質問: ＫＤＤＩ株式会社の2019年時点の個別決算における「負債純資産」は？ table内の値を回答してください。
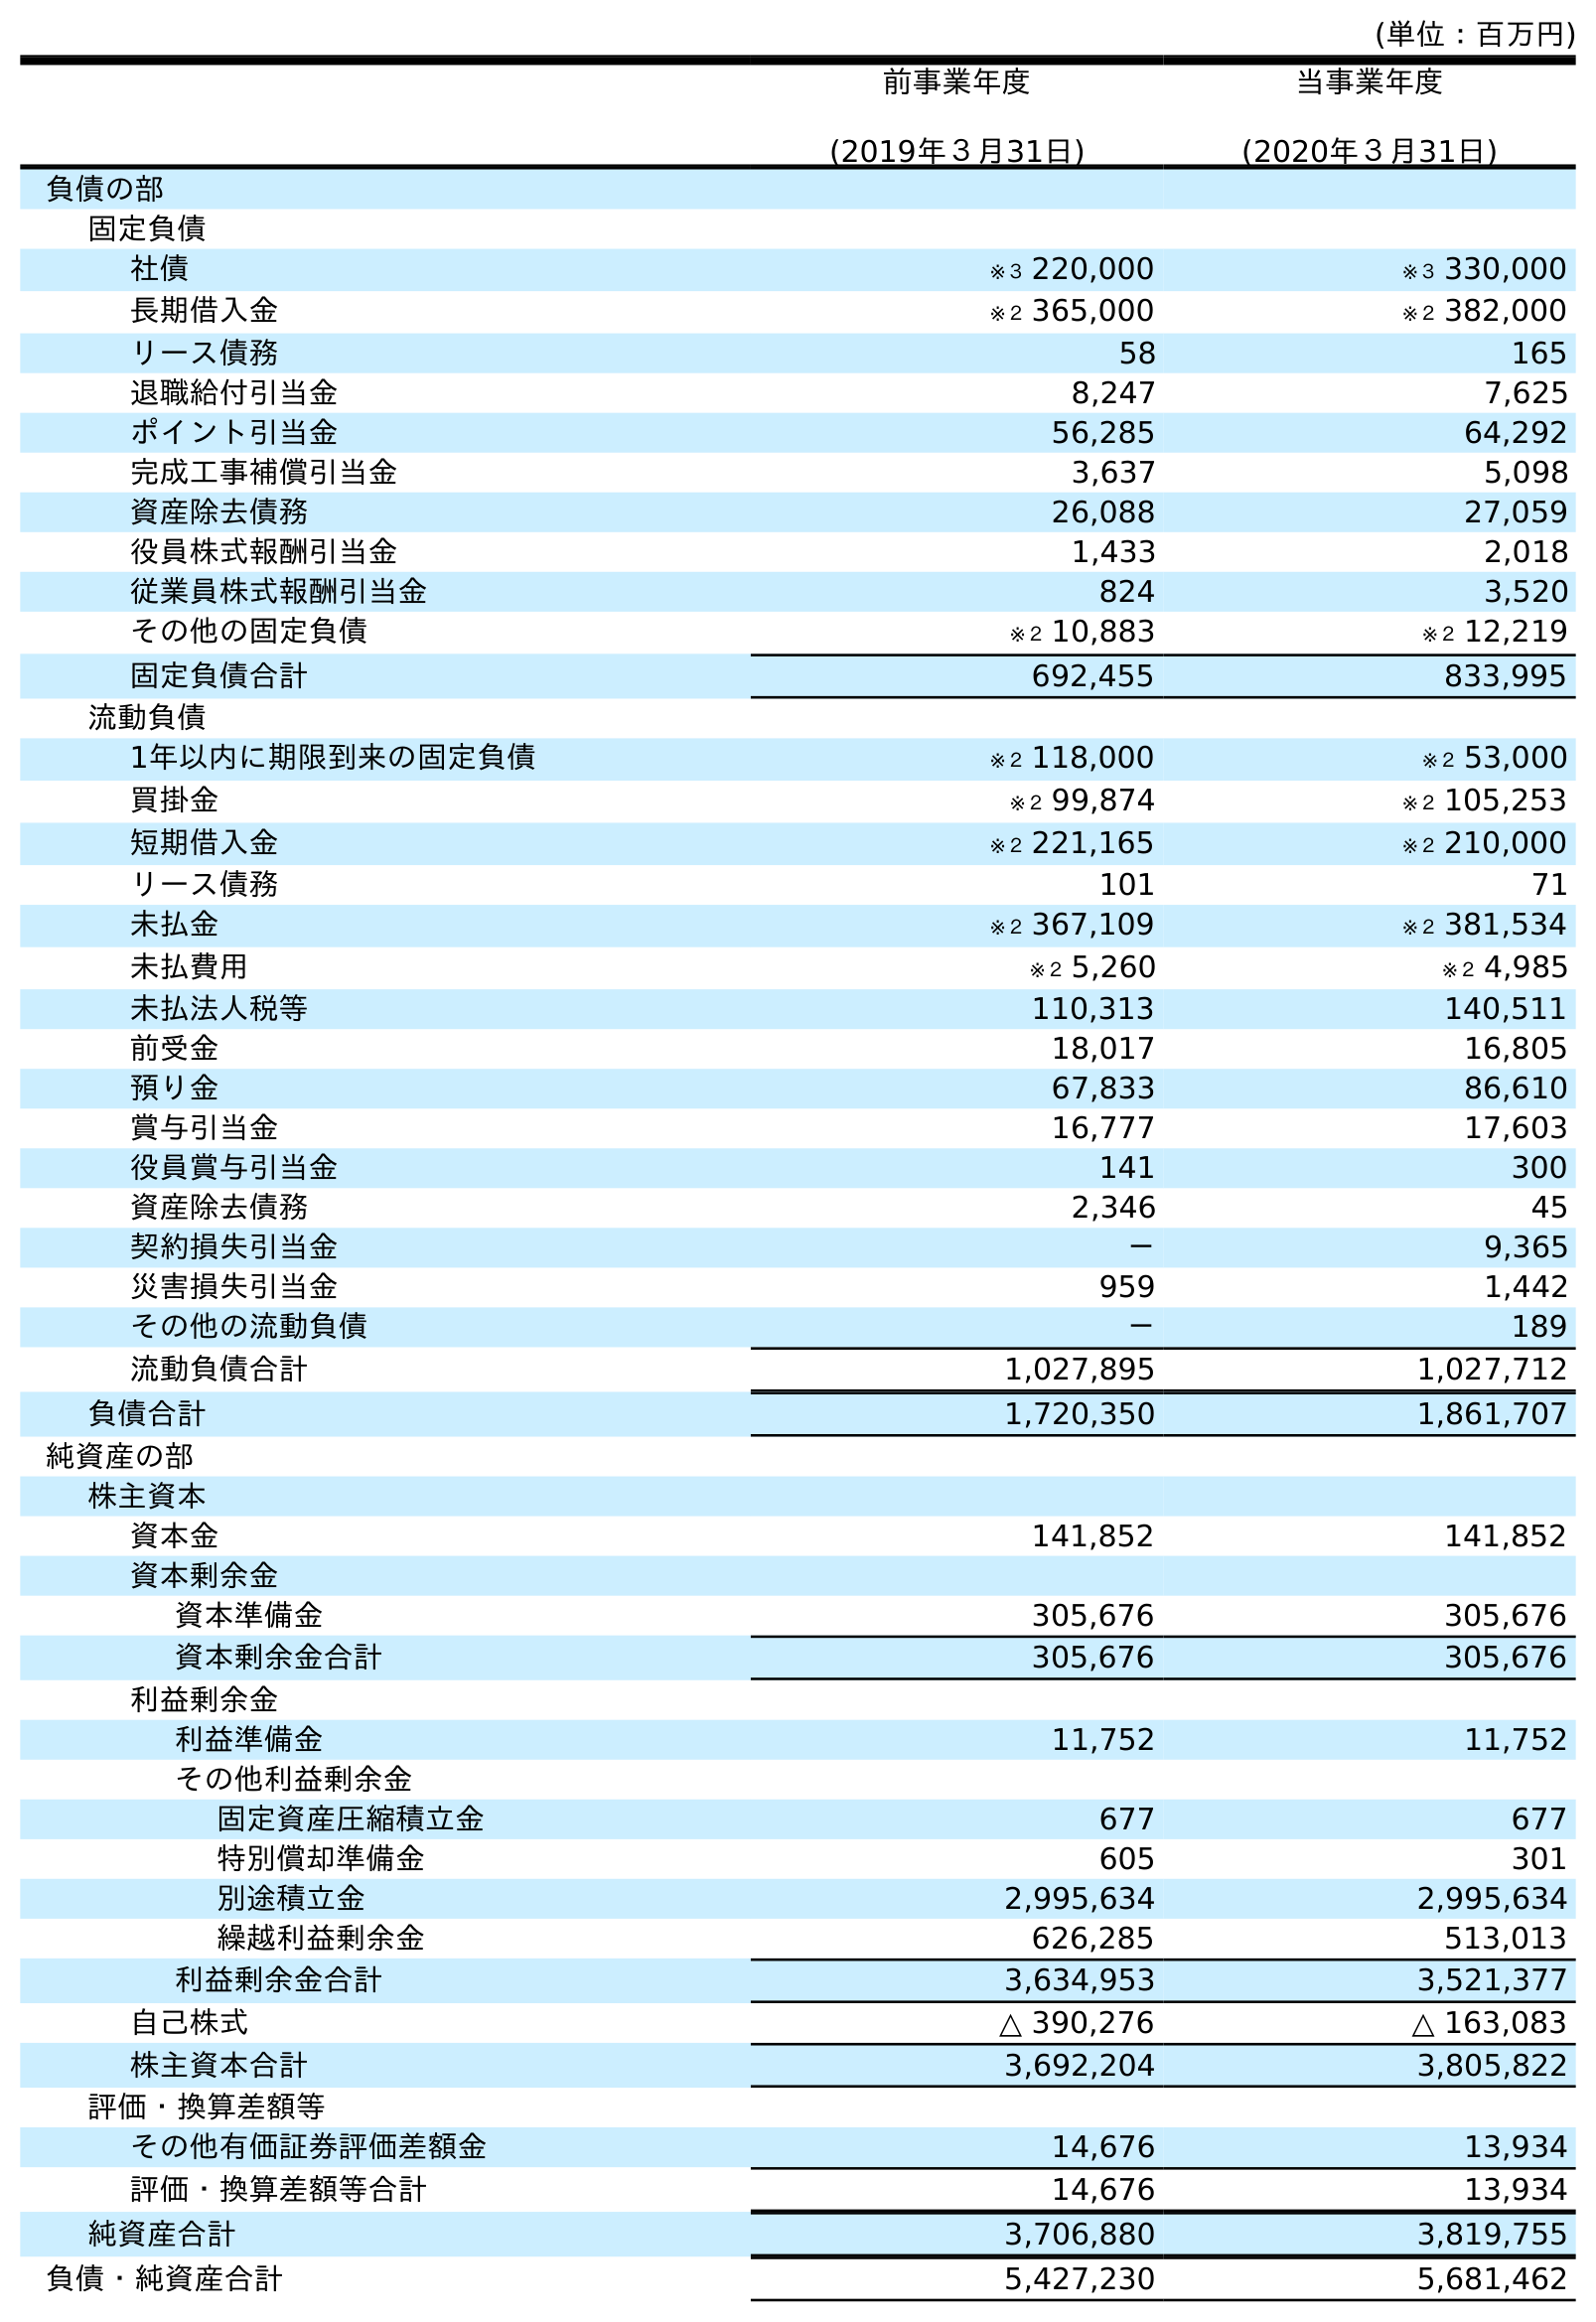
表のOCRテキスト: (単位：百万円) 前事業年度 (2019年３月31日) 当事業年度 (2020年３月31日) 負債の部 固定負債 社債 ※３ 220,000 ※３ 330,000 長期借入金 ※２ 365,000 ※２ 382,000 リース債務 58 165 退職給付引当金 8,247 7,625 ポイント引当金 56,285 64,292 完成工事補償引当金 3,637 5,098 資産除去債務 26,088 27,059 役員株式報酬引当金 1,433 2,018 従業員株式報酬引当金 824 3,520 その他の固定負債 ※２ 10,883 ※２ 12,219 固定負債合計 692,455 833,995 流動負債 1年以内に期限到来の固定負債 ※２ 118,000 ※２ 53,000 買掛金 ※２ 99,874 ※２ 105,253 短期借入金 ※２ 221,165 ※２ 210,000 リース債務 101 71 未払金 ※２ 367,109 ※２ 381,534 未払費用 ※２ 5,260 ※２ 4,985 未払法人税等 110,313 140,511 前受金 18,017 16,805 預り金 67,833 86,610 賞与引当金 16,777 17,603 役員賞与引当金 141 300 資産除去債務 2,346 45 契約損失引当金 － 9,365 災害損失引当金 959 1,442 その他の流動負債 － 189 流動負債合計 1,027,895 1,027,712 負債合計 1,720,350 1,861,707 純資産の部 株主資本 資本金 141,852 141,852 資本剰余金 資本準備金 305,676 305,676 資本剰余金合計 305,676 305,676 利益剰余金 利益準備金 11,752 11,752 その他利益剰余金 固定資産圧縮積立金 677 677 特別償却準備金 605 301 別途積立金 2,995,634 2,995,634 繰越利益剰余金 626,285 513,013 利益剰余金合計 3,634,953 3,521,377 自己株式 △ 390,276 △ 163,083 株主資本合計 3,692,204 3,805,822 評価・換算差額等 その他有価証券評価差額金 14,676 13,934 評価・換算差額等合計 14,676 13,934 純資産合計 3,706,880 3,819,755 負債・純資産合計 5,427,230 5,681,462
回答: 5,427,230